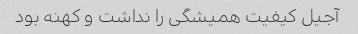
آجیل کیفیت همیشگی را نداشت و کهنه بود